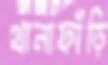
থানাফাঁড়ি